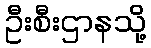
ဦးစီးဌာနသို့